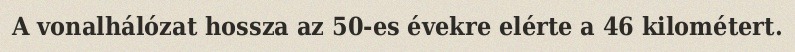
A vonalhálózat hossza az 50-es évekre elérte a 46 kilométert.